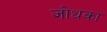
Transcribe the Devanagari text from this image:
जोधका